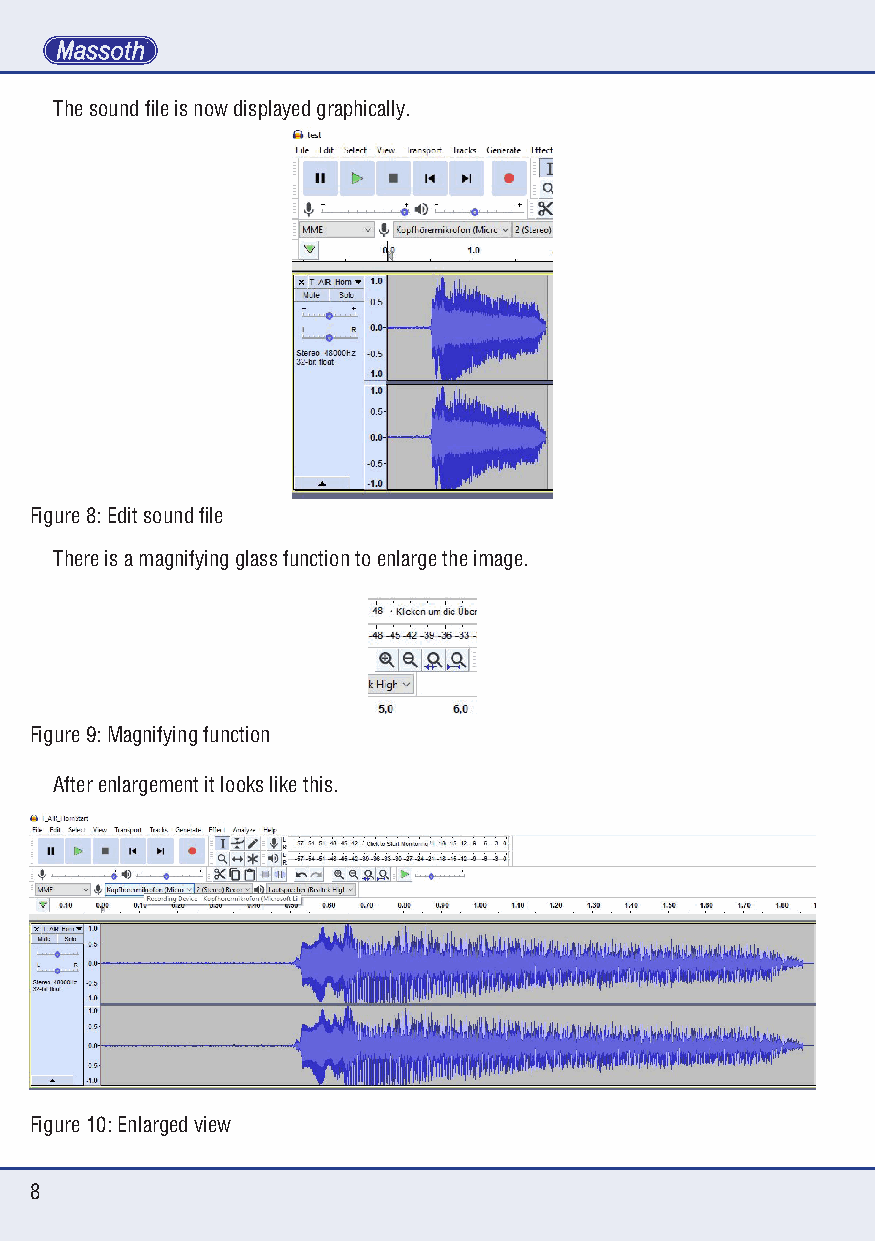
The sound file is now displayed graphically.
 Figure 8: Edit sound file
 There is a magnifying glass function to enlarge the image.
 Figure 9: Magnifying function
 After enlargement it looks like this.
 Figure 10: Enlarged view
 8